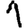
Digit: 1